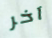
آخر